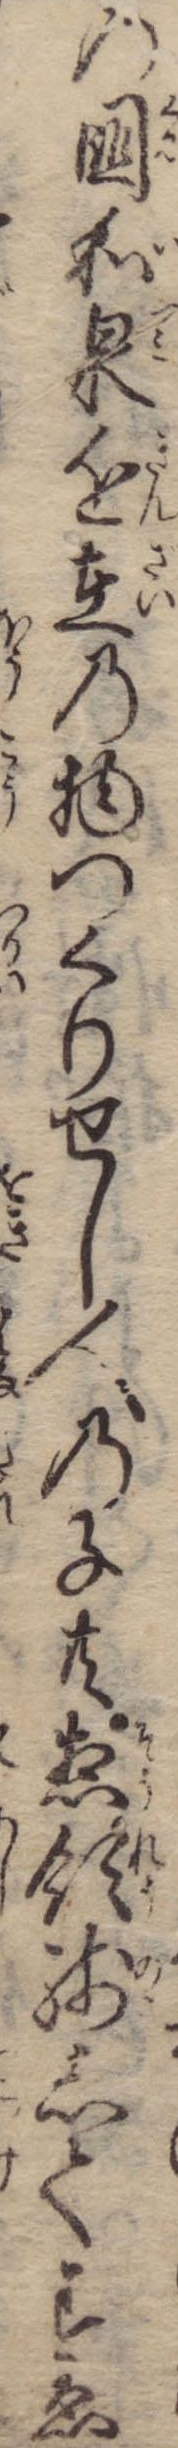
の国和泉近在の物つくりせし人の子共惣領残してすゑ